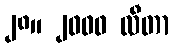
၂၈။ ၂၀၀၀ လီတာ